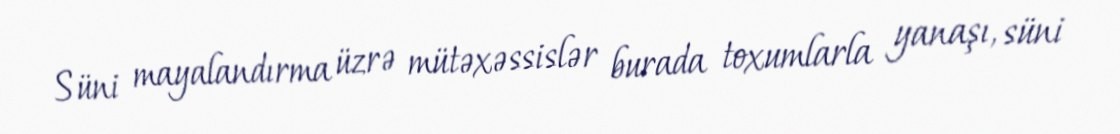
Süni mayalandırma üzrə mütəxəssislər burada toxumlarla yanaşı, süni